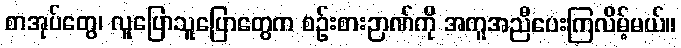
စာအုပ်တွေ၊ လူပြောသူပြောတွေက စဉ်းစားဉာဏ်ကို အကူအညီပေးကြလိမ့်မယ်။